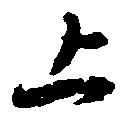
上